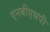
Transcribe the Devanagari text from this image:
एनबीएसपी